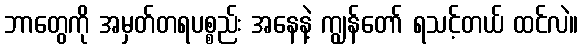
ဘာတွေကို အမှတ်တရပစ္စည်း အနေနဲ့ ကျွန်တော် ရသင့်တယ် ထင်လဲ။